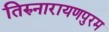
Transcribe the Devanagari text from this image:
तिरुनारायणपुरम